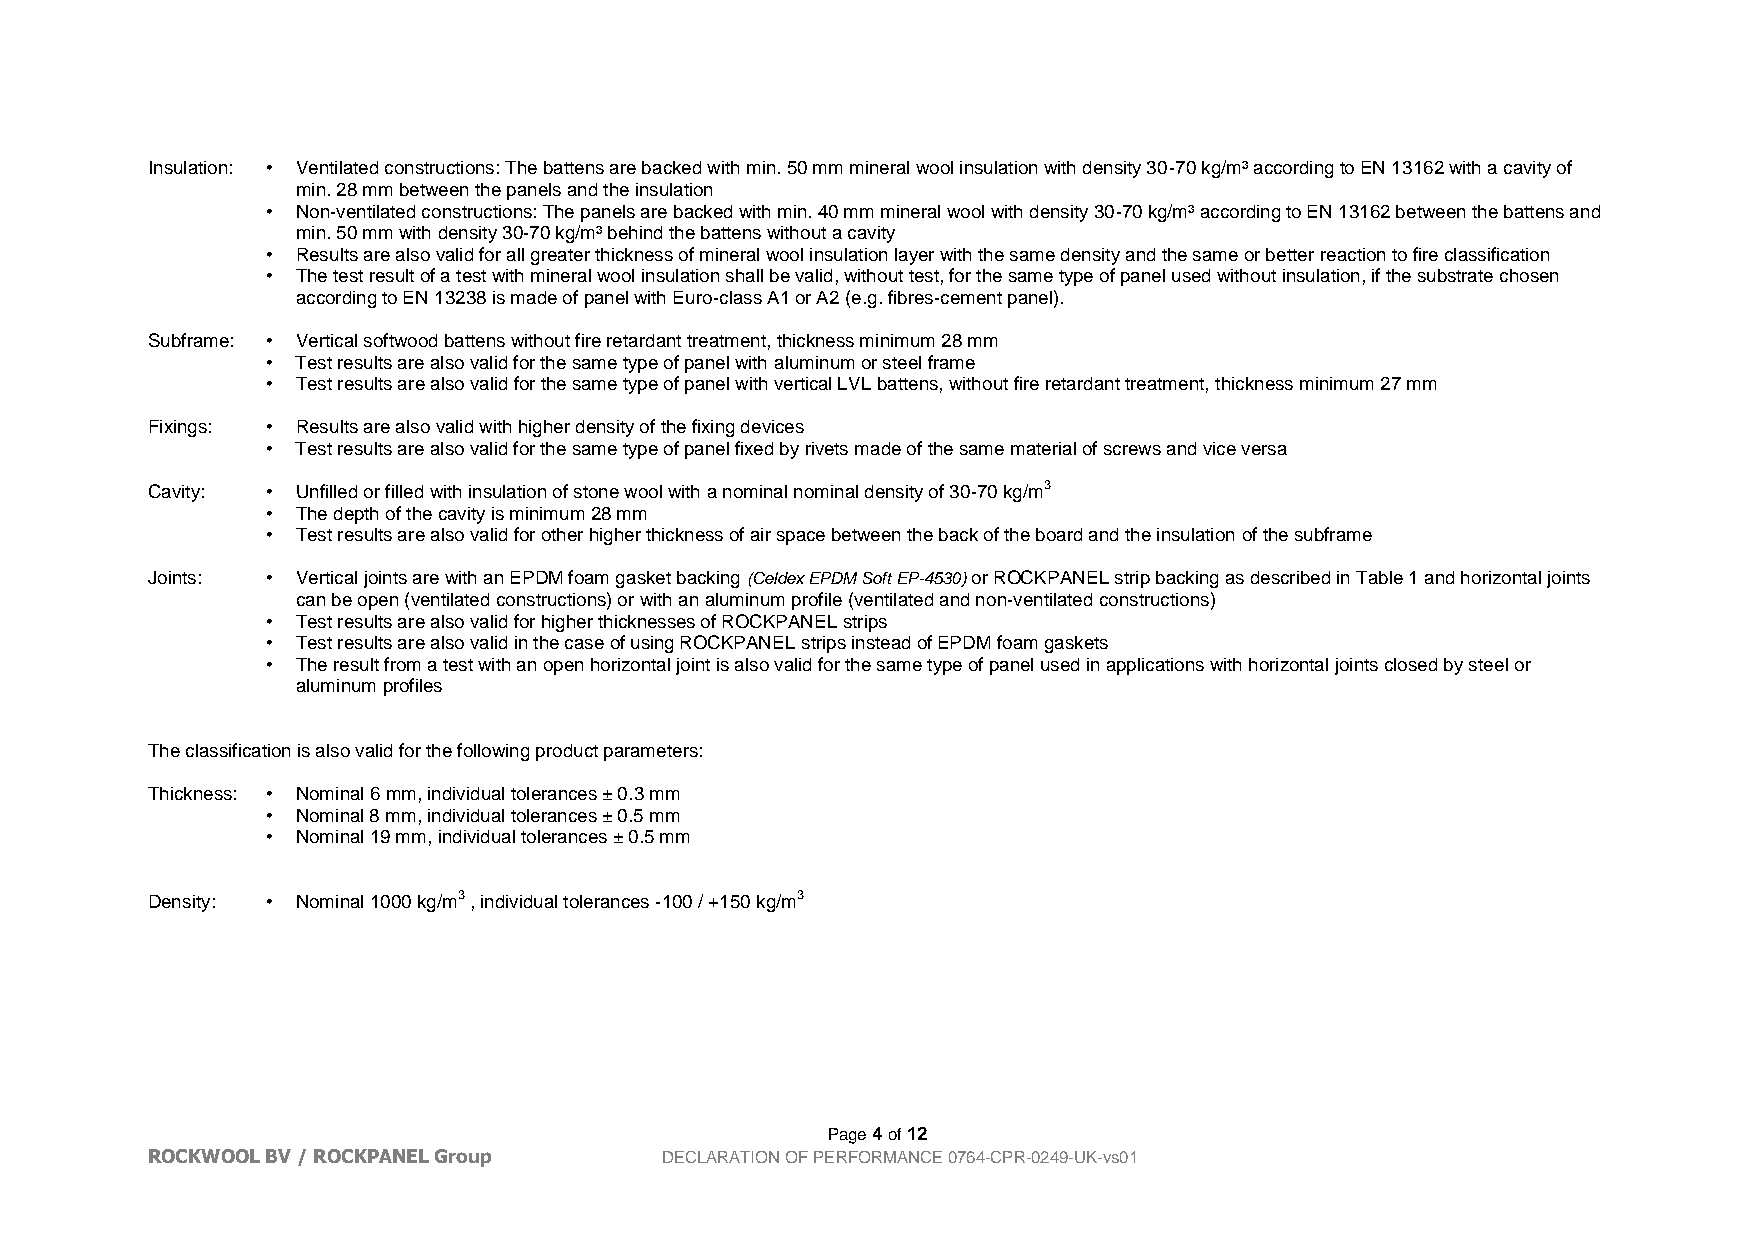
Insulation: • Ventilated constructions: The battens are backed with min. 50 mm mineral wool insulation with density 30-70 kg/m³ according to EN 13162 with a cavity of
 min. 28 mm between the panels and the insulation
 • Non-ventilated constructions: The panels are backed with min. 40 mm mineral wool with density 30-70 kg/m³ according to EN 13162 between the battens and
 min. 50 mm with density 30-70 kg/m³ behind the battens without a cavity
 • Results are also valid for all greater thickness of mineral wool insulation layer with the same density and the same or better reaction to fire classification
 • The test result of a test with mineral wool insulation shall be valid, without test, for the same type of panel used without insulation, if the substrate chosen
 according to EN 13238 is made of panel with Euro-class A1 or A2 (e.g. fibres-cement panel).
 Subframe: • Vertical softwood battens without fire retardant treatment, thickness minimum 28 mm
 • Test results are also valid for the same type of panel with aluminum or steel frame
 • Test results are also valid for the same type of panel with vertical LVL battens, without fire retardant treatment, thickness minimum 27 mm
 Fixings: • Results are also valid with higher density of the fixing devices
 • Test results are also valid for the same type of panel fixed by rivets made of the same material of screws and vice versa
 Cavity: • Unfilled or filled with insulation of stone wool with a nominal nominal density of 30-70 kg/m3
 • The depth of the cavity is minimum 28 mm
 • Test results are also valid for other higher thickness of air space between the back of the board and the insulation of the subframe
 Joints: • Vertical joints are with an EPDM foam gasket backing (Celdex EPDM Soft EP-4530) or ROCKPANEL strip backing as described in Table 1 and horizontal joints
 can be open (ventilated constructions) or with an aluminum profile (ventilated and non-ventilated constructions)
 • Test results are also valid for higher thicknesses of ROCKPANEL strips
 • Test results are also valid in the case of using ROCKPANEL strips instead of EPDM foam gaskets
 • The result from a test with an open horizontal joint is also valid for the same type of panel used in applications with horizontal joints closed by steel or
 aluminum profiles
 The classification is also valid for the following product parameters:
 Thickness: • Nominal 6 mm, individual tolerances ± 0.3 mm
 • Nominal 8 mm, individual tolerances ± 0.5 mm
 • Nominal 19 mm, individual tolerances ± 0.5 mm
 Density: • Nominal 1000 kg/m3 , individual tolerances -100 / +150 kg/m3
 Page 4 of 12
 ROCKWOOL BV / ROCKPANEL Group     DECLARATION OF PERFORMANCE 0764-CPR-0249-UK-vs01